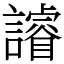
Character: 䜜